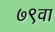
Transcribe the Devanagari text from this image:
७९वा